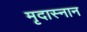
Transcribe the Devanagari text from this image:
मृदास्नान